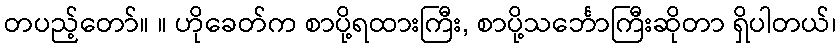
တပည့်တော်။ ။ ဟိုခေတ်က စာပို့ရထားကြီး, စာပို့သင်္ဘောကြီးဆိုတာ ရှိပါတယ်၊